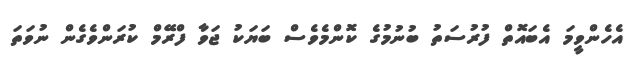
އެހެންވީމަ އެބައޮތް ފުރުސަތު ބުނުމުގެ ކޮންމެވެސް ބަޔަކު ޖަވާ ފްރޭމް ކުރަންވެގެން ނުވަތަ